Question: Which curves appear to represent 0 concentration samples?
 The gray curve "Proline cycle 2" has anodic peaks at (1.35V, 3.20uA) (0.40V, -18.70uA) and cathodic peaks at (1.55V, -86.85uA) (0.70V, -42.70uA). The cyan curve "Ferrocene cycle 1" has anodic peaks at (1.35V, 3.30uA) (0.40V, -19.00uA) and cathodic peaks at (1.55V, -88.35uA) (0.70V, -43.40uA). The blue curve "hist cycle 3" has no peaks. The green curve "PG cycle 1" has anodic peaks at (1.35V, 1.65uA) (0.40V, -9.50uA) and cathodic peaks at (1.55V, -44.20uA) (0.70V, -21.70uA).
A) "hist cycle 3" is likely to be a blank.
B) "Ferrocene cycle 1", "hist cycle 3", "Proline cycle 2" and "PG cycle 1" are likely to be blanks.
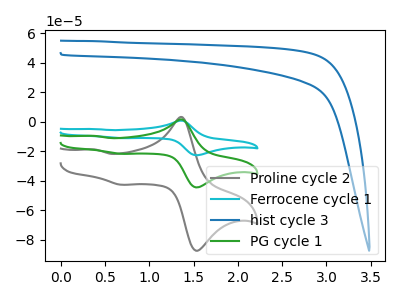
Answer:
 <answer>A) "hist cycle 3" is likely to be a blank.</answer>
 <eval>A</eval>